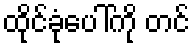
ထိုင်ခုံပေါ်ကို တင်